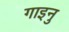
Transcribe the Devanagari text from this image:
गाइनु